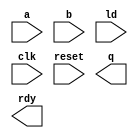
module hgcd(
    input wire[7:0] a,
    input wire[7:0] b,
    input wire ld,
    input wire clk,
    input wire reset,
    output wire[7:0] q,
    output wire rdy);

   // design the RTL of this module ..

endmodule